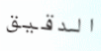
الدقيق